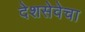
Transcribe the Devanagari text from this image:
देशसेवेचा